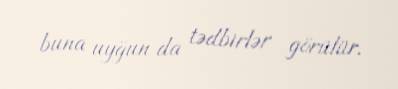
buna uyğun da tədbirlər görülür.